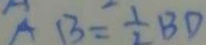
1 3 = \frac { 1 } { 2 } B D